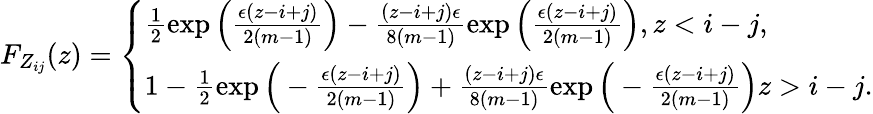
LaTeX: \begin{array}{r}{F_{Z_{ij}}(z)=\left\{ \begin{array}{ll}{\frac{1}{2}\exp\Big(\frac{\epsilon(z-i+j)}{2(m-1)}\Big)-\frac{(z-i+j)\epsilon}{8(m-1)}\exp\Big(\frac{\epsilon(z-i+j)}{2(m-1)}\Big),z<i-j,}\\ {1-\frac{1}{2}\exp\Big(-\frac{\epsilon(z-i+j)}{2(m-1)}\Big)+\frac{(z-i+j)\epsilon}{8(m-1)}\exp\Big(-\frac{\epsilon(z-i+j)}{2(m-1)}\Big)z>i-j.}\end{array}\right.}\end{array}